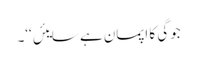
جوگی کا اپمان ہے سایئں‘‘۔